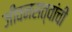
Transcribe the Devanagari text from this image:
जीवनसत्वांची